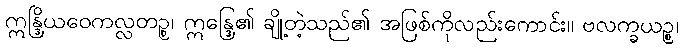
ဣန္ဒြိယဝေကလ္လတဉ္စ၊ ဣန္ဒြေ၏ ချို့တဲ့သည်၏ အဖြစ်ကိုလည်းကောင်း။ ဗလက္ခယဉ္စ၊